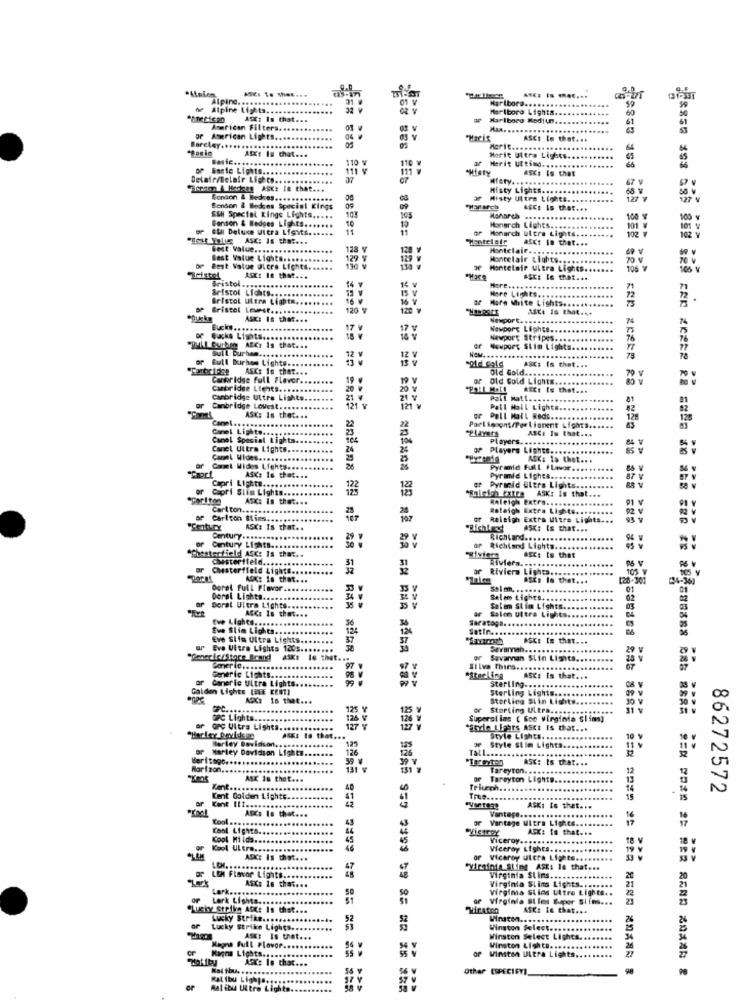
Alpine. ..
21
Marlboro ..
.................
he Alpine Lights.
Marlboro Lights
AST: Is that ...
IF Marlboro Medium.
61
61
American Filters.
45
of American Lights.
>> >>
ASCI Is that ...
BareLey ...
ASK! Is that ...
05
Morit.
110
Merit Ultimo ...
Marie Ultra Lights.
of Banie Lights ..
111 V
111
CHIRLY
ASKI Is that
37
Mfety.
...
67 V
Benson & Hedren ASK: Ie that ...
Misty Light ....
68
Bondon & Bedros ...
Misty Ultra Lights.
127
>>>
Benson & Bedoes Special Kings
103
ASCI Is that ...
Benson & Wedges Lights ..
SSH Special kings Lights .....
...
10
100
et Deluxe Ultra Ligits ...
Monarch Lights ..
101
"Best Value ASK: Is that ...
"Hentelafr
Monarch ultre tights.
ASCt In thet ...
102
best Value .....
128 V
Montclair ..
Best Value Lights ..
129 V
Montclair Lights ...
or Best Value Ultra Lights.
of Montelair Ultra Lights ..
ASK: 12 that ...
14 v
ASK: le that ...
Bristol .........
Bristol Lichts ......
IS V
K€ v
Hore ...
Here Lights.
Bristol Ultra Lightm.
15 W
16 W
16 V
Of More White Lights
SP Bristol Leurst ...
120 N
120
AStt is that ...
Newport ..
74
Bucks
17
171
Newport Lights ..
24
Newport Stripes ..
76
-LI Gurhinge ASCe Is that ...
Sull Burhan ....
NOM ....
of Meupoet Slim Lights
of Bull Burhem Lights.
ASC: Is that ...
78
78
ASC: Is that ...
Old Gold ...
Cambridge full Flavor.
19
Old Gold Lights.
70
Cambridge Lients ......
20
20 v
AcCt te that ...
Cambridge Ultra Lights
21 4
21 8
Pall Mall ...
81
ar
Cambridge Lovest. .
121 v
121 v
Pall Mall Lights
............
82
Camel ..
ASK: Is that ...
or Pall Mall Redi
12
128
Canel Lights.
22
23
-Players
Poel tocont/PorLionent Lights.
ASCa Is that ...
83
Canal Special Lights
Players ...
Canel Ultra Lights
24
of Players Lights ...
CamL Wides ....
ASK: 15 thet ...
"Capri
Camel Mides Lights ..
Pyrmic Full Flavor.
Capri Lights ....
AScs to that ...
Pyramid Lighta ...
Capri Slim Lights ..
122
or Pyramid Ultra Lights ...
ASK: Is that ...
ASK: Is that ...
Raleigh Extra. ....
91 V
Carlton ...
Raleigh Extra Lighte ..
92
or Raleigh Extra uitre Lights ...
93 V
ASK: Is that ..
ASC: Is that ...
Century ...
Richland ...
....
Chesterfield ASC: Is that ..
Century Lights.
of Richland Lights.
Chesterfield .....
Riviera. ..
A5Ct Is that
or
Chesterfield Lights ..
Riviera Lights.
105 1
105 Y
AOK: 18 that ...
ASEs lo thet ...
[28-309
34-36]
Deral full Flavor ...
selon. ..
.....
0
Doral Light ......
Selem Lights
62
02
Doral Ultra Lights ..
ASCe Is thet ...
ar
Salon Ultra Lights.
Sale Stim Lights ..
tve Light ......
Saratoga.
Eve Slin Lights.
35
124
SatIn ...
..............
ASKI Is that ...
ur Eve Ultra Lights 120 .......
Sevaman ..
29 V
Savannah Stin Limits
Coneric .. .........
Silva Thins ...
or Goneric Ultra Lights ...
Generic Lights ....
98
Sterling
A5C: Is that ...
Golden Lights (REE EERT]
Sterling .....
Sterling Lights ..
Sterling Stin Lights.
125
or Storting Ultra ......
PC Light
126
Superal ins ( Boe virginia slims]
ar GPc Ultra Light .......
127
dode Ligors Asco Is that ...
Harley Davidson ........
ARKI IS that ...
Style Lights. ..
10
Harley Davidson Lights
126
125
Talla
Style Slim Lights.
Meritago ..
39
ASK: Is that ...
131
Tareyton ..
12
ASK Is that ...
or Tareyton Lights.
13
Triumh.
.....
14
86272572
Kent Golden Lights ....
41
42
True ..
15
ASK. Is that ...
Vantage.
ASKi Is that ...
Cool ........................
Vantage Ultra Lights ..
44
43
ACK: Is that ...
17
Cool L .......................
Viceroy ...
........
18
46
Viceroy Lights.
19
ASK: Is Chiot ...
or Viceroy ulcra Lights ..
"Virginie Sling ASK: le that ...
o LE Flavor Lights ............
Virginia SL ins ....
Virginia Siins Lights ...
ASKE In thai ...
Virginis Silas Ultre Lights ..
Lerk Lights.
of Virginia Slims Saper Sim ...
23
"Lucky Strike ASK: Is that ...
Miraten
ASK: 16 that ...
Lucky St .........
Winston .....
Lucky Strike Lights.
Winston Select .....
ASK: Is thet ...
Winston Select Lights ..
Magna Full Flavor ...
Winston Ultra Lights.
Winston Ligh C ......
.......
Not by
ASK: Is that ...
Other [SPECIFY]
KAL Ibu Lighta.s
Malibu Ultra Light